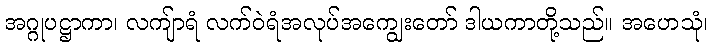
အဂ္ဂုပဋ္ဌာကာ၊ လကျ်ာရံ လက်ဝဲရံအလုပ်အကျွေးတော် ဒါယကာတို့သည်။ အဟေသုံ၊